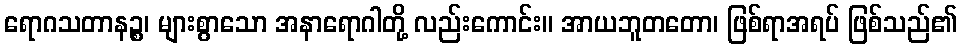
ရောဂသတာနဉ္စ၊ များစွာသော အနာရောဂါတို့ လည်းကောင်း။ အာယဘူတတော၊ ဖြစ်ရာအရပ် ဖြစ်သည်၏